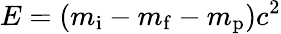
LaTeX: E=(m_{\mathrm{i}}-m_{\mathrm{f}}-m_{\mathrm{p}})c^{2}